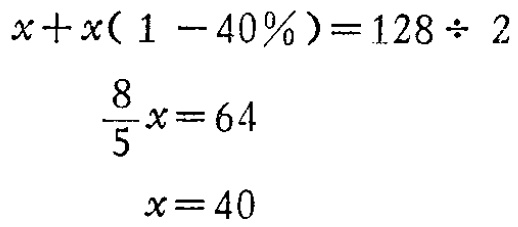
\[

\begin{align*}

x + x(1 - 40\%)&=128\div 2\\

\frac{8}{5}x&=64\\

x&=40

\end{align*}

\]